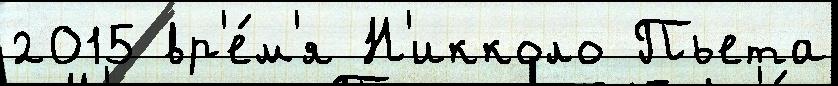
2015 вр'е́м'я Н'икколо Пьета